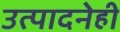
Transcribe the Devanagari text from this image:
उत्पादनेही